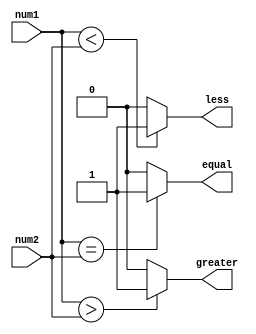
module signed_magnitude_comparator (
    input signed [7:0] num1,
    input signed [7:0] num2,
    output greater,
    output less,
    output equal
);

assign greater = (num1 > num2) ? 1 : 0;
assign less = (num1 < num2) ? 1 : 0;
assign equal = (num1 == num2) ? 1 : 0;

endmodule